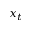
x _ { t }